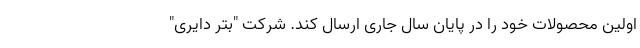
اولین محصولات خود را در پایان سال جاری ارسال کند. شرکت "بتر دایری"